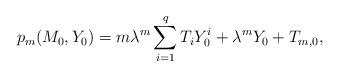
LaTeX: \begin{align*}p_m(M_0,Y_0)=m \lambda^m \sum\limits_{i=1}^{q}T_iY_0^i+\lambda^mY_0+T_{m,0},\end{align*}